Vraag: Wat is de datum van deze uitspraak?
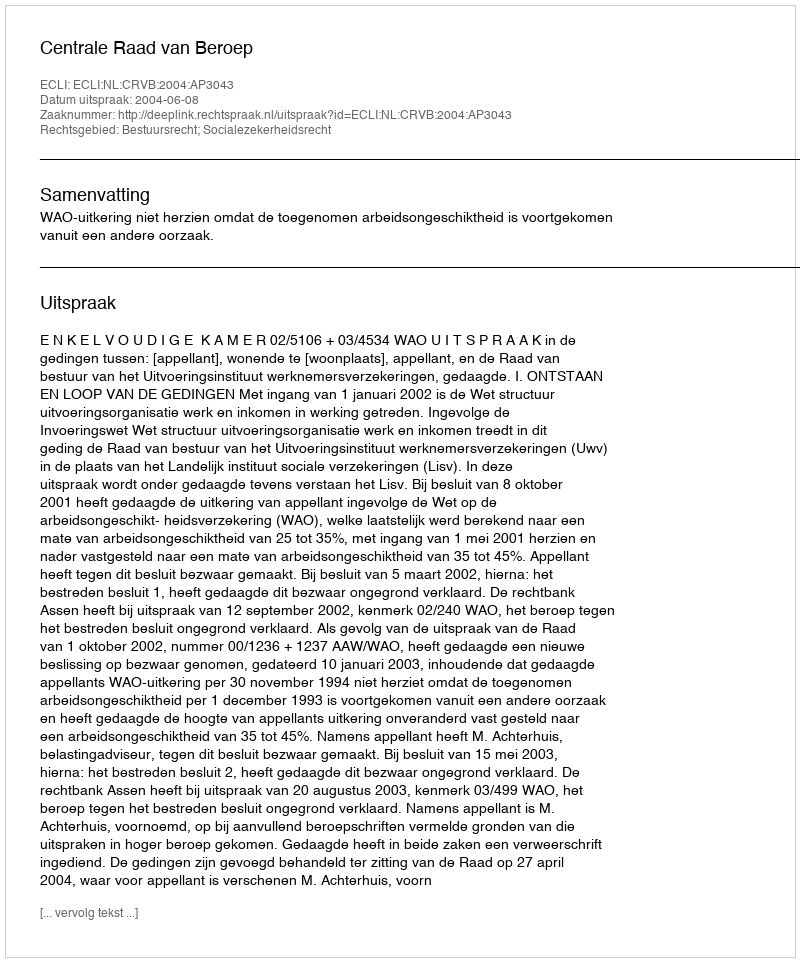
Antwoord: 2004-06-08